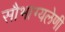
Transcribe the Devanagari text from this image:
सौभाग्यलेणी